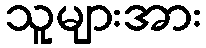
သူများအား